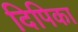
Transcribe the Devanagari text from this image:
दिपिका